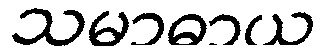
သမာဓာယ